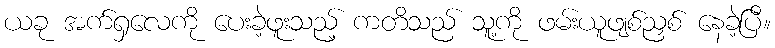
ယခု အက်ရှလေကို ပေးခဲ့ဖူးသည့် ကတိသည် သူ့ကို ဖမ်းယူဖျစ်ညှစ် နေခဲ့ပြီ။